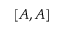
[ A , A ]